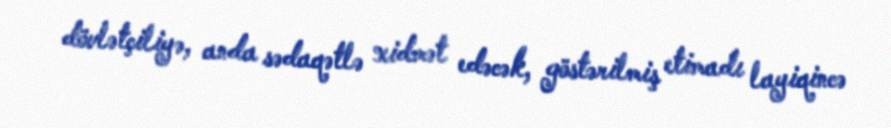
dövlətçiliyə, anda sədaqətlə xidmət edəcək, göstərilmiş etimadı layiqincə